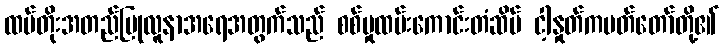
ထပ်တိုးအတည်ပြုလူနာအရေအတွက်သည် စစ်မှုထမ်းကောင်းတံဆိပ် ငါ့နှုတ်ကပတ်တော်တို့၏